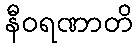
နီဝရဏာတိ